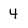
Character: 4